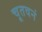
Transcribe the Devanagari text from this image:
चूतवनं